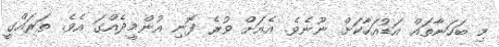
މި ބަހަނާތައް އަޑުއަހާކަށް ނޫނެވެ. އެއަށް ވުރެ ފޮނި އުންމީދެއްގަ އެވެ. ތަރައްގީ